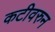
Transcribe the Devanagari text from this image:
कटीवरुन